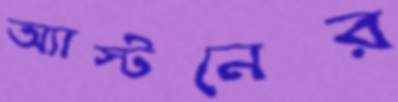
অ্যাস্টনের